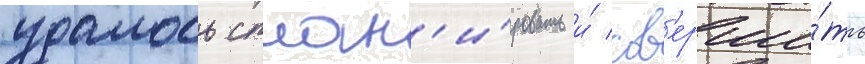
удалось сплан'и́ровать и́ сов'ерши́ть